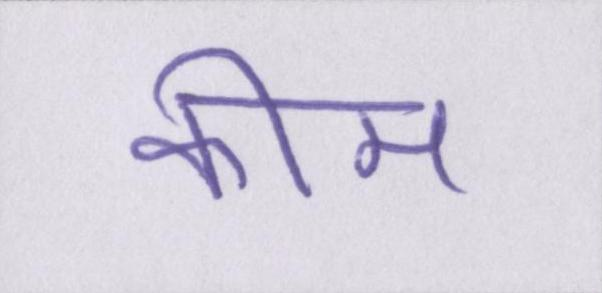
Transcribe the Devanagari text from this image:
कीम